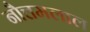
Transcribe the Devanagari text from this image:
नौत्तमलाल